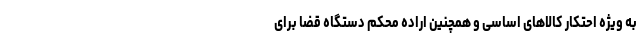
به ویژه احتکار کالاهای اساسی و همچنین اراده محکم دستگاه قضا برای